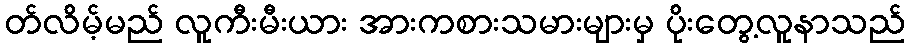
တ်လိမ့်မည် လူကီးမီးယား အားကစားသမားများမှ ပိုးတွေ့လူနာသည်